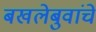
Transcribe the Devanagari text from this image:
बखलेबुवांचे